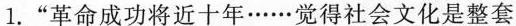
1.”革命成功将近十年…觉得社会文化是整套